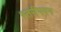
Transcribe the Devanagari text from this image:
स्तरीभवन